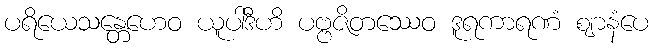
ပရိယေသန္တေဟေဝ ယူပါဒီဟိ ပဗ္ဗဇိတဿေဝ ဒူရကာရဏံ ဈာနံပေ